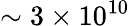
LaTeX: \sim 3\times 10^{10}